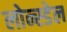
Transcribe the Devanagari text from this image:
लोन्स्डेल